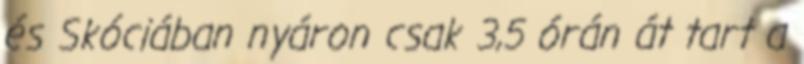
és Skóciában nyáron csak 3,5 órán át tart a